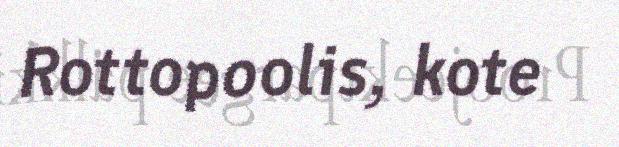
Rottopoolis, kote